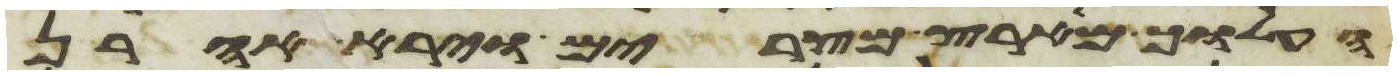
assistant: העלוך מארץ מצרים וירא אהרן